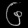
Digit: ၆